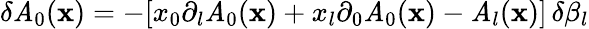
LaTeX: \delta\mathit{A}_{0}({\mathbf{x}})=-[x_{0}\partial_{l}\mathit{A}_{0}({\mathbf{x}})+x_{l}\partial_{0}\mathit{A}_{0}({\mathbf{x}})-\mathit{A}_{l}({\mathbf{x}})]\, \delta\beta_{l}